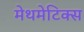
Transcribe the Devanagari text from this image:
मेथमेटिक्स